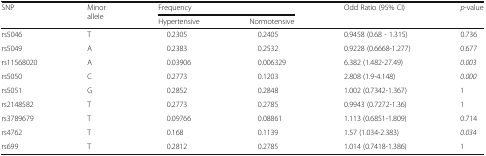
| <ROWSPAN=2> SNP | <ROWSPAN=2> Minor allele | <COLSPAN=2> Frequency | <ROWSPAN=2> Odd Ratio (95% CI) | <ROWSPAN=2> p-value |
 | Hypertensive | Normotensive |
 | --- | --- | --- | --- | --- | --- |
 | rs5046 | T | 0.2305 | 0.2405 | 0.9458 (0.68 - 1.315) | 0.736 |
 | rs5049 | A | 0.2383 | 0.2532 | 0.9228 (0.6668-1.277) | 0.677 |
 | rs11568020 | A | 0.03906 | 0.006329 | 6.382 (1.482-27.49) | 0.003 |
 | rs5050 | C | 0.2773 | 0.1203 | 2.808 (1.9-4.148) | 0.000 |
 | rs5051 | G | 0.2852 | 0.2848 | 1.002 (0.7342-1.367) | 1 |
 | rs2148582 | T | 0.2773 | 0.2785 | 0.9943 (0.7272-1.36) | 1 |
 | rs3789679 | T | 0.09766 | 0.08861 | 1.113 (0.6851-1.809) | 0.714 |
 | rs4762 | T | 0.168 | 0.1139 | 1.57 (1.034-2.383) | 0.034 |
 | rs699 | T | 0.2812 | 0.2785 | 1.014 (0.7418-1.386) | 1 |